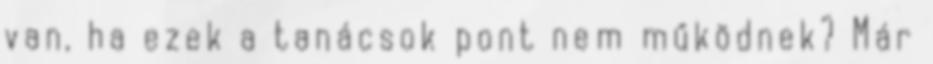
van, ha ezek a tanácsok pont nem működnek? Már